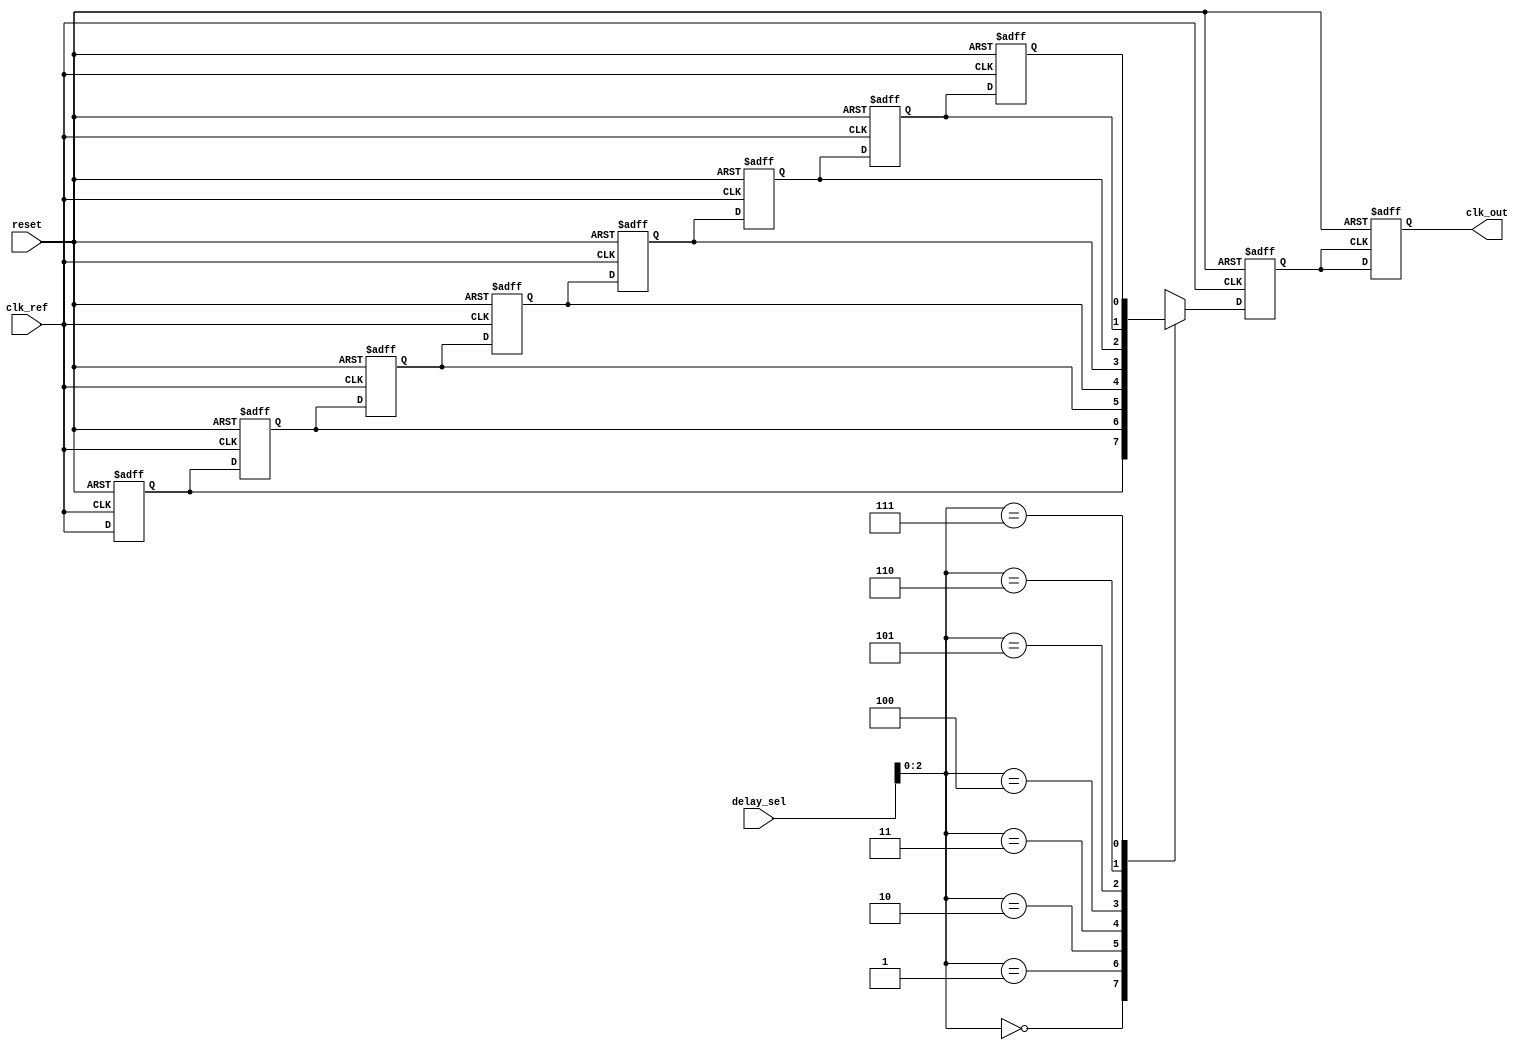
module DLL (
    input wire clk_ref,           // Reference clock input
    input wire reset,             // Asynchronous reset
    input wire [N-1:0] delay_sel, // Delay select input
    output reg clk_out            // Output clock
);
    parameter N = 8;              // Number of delay stages
    parameter DELAY_UNIT = 2;     // Each delay unit duration in simulation time

    reg [N-1:0] delay_line [0:N-1]; // Delay line memory blocks
    reg [N-1:0] phase_error;        // Phase error signal
    reg feedback_clk;               // Feedback clock

    // Phase Detector (Simple XOR-based for demonstration)
    always @(posedge clk_ref or posedge reset) begin
        if (reset) begin
            phase_error <= 0;
        end else begin
            phase_error <= (feedback_clk ^ clk_ref); // Simple phase comparison
        end
    end

    // Delay Line Implementation
    generate
        genvar i;
        for (i = 0; i < N; i = i + 1) begin : delay_blocks
            always @(posedge clk_ref or posedge reset) begin
                if (reset) begin
                    delay_line[i] <= 0;
                end else if (i == 0) begin
                    delay_line[i] <= clk_ref; // Initial clock signal
                end else begin
                    delay_line[i] <= delay_line[i-1]; // Pass clock through the delay line
                end
            end
        end
    endgenerate

    // Control Logic to select the appropriate delay stage
    always @(posedge clk_ref or posedge reset) begin
        if (reset) begin
            feedback_clk <= 0;
        end else begin
            feedback_clk <= delay_line[delay_sel]; // Select clock from the delay line
        end
    end

    // Output Buffer to drive the output clock
    always @(posedge feedback_clk or posedge reset) begin
        if (reset) begin
            clk_out <= 0;
        end else begin
            clk_out <= feedback_clk; // Buffer the output clock
        end
    end

endmodule